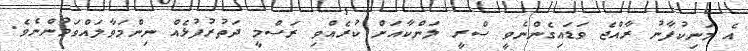
އެ މަނިކުފާނު ރާއްޖެ ވަޑައިގެންނެވީ ސްރީ ލަންކާއަށް ކުރެއްވި ރަސްމީ ދަތުރުފުޅެއް ނިންމަވާލައްވަމުންނެވެ.